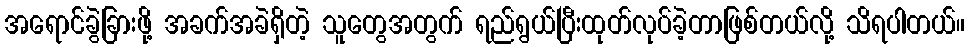
အရောင်ခွဲခြားဖို့ အခက်အခဲရှိတဲ့ သူတွေအတွက် ရည်ရွယ်ပြီးထုတ်လုပ်ခဲ့တာဖြစ်တယ်လို့ သိရပါတယ်။